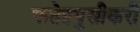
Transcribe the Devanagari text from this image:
फतेहपुसीकरी